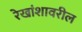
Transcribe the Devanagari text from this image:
रेखांशावरील